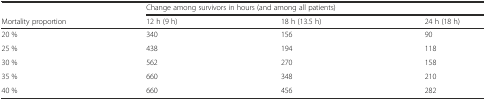
<table><thead><tr><td></td><td colspan="3"><b>Change among survivors in hours (and among all patients)</b></td></tr><tr><td><b>Mortality proportion</b></td><td><b>12 h (9 h)</b></td><td><b>18 h (13.5 h)</b></td><td><b>24 h (18 h)</b></td></tr></thead><tbody><tr><td>20 %</td><td>340</td><td>156</td><td>90</td></tr><tr><td>25 %</td><td>438</td><td>194</td><td>118</td></tr><tr><td>30 %</td><td>562</td><td>270</td><td>158</td></tr><tr><td>35 %</td><td>660</td><td>348</td><td>210</td></tr><tr><td>40 %</td><td>660</td><td>456</td><td>282</td></tr></tbody></table>